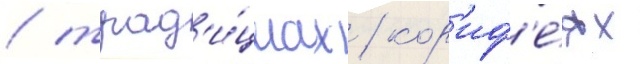
/ трад'и́циах / кор'иф'е́ях